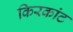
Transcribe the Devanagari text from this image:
किरकांट